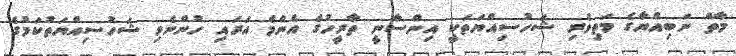
މާތް ނަބިއްޔާގެ މަތިވެރި ޝަހުސިއްޔަތަކީ އިންސާނީ ތާރީހުގެ އެންމެ އަރައި ހުންނެވި ޝަހުސިއްޔަތުކަމުގެ